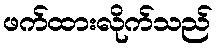
ဖက်ထားလိုက်သည်